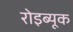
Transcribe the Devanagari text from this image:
रोइब्यूक